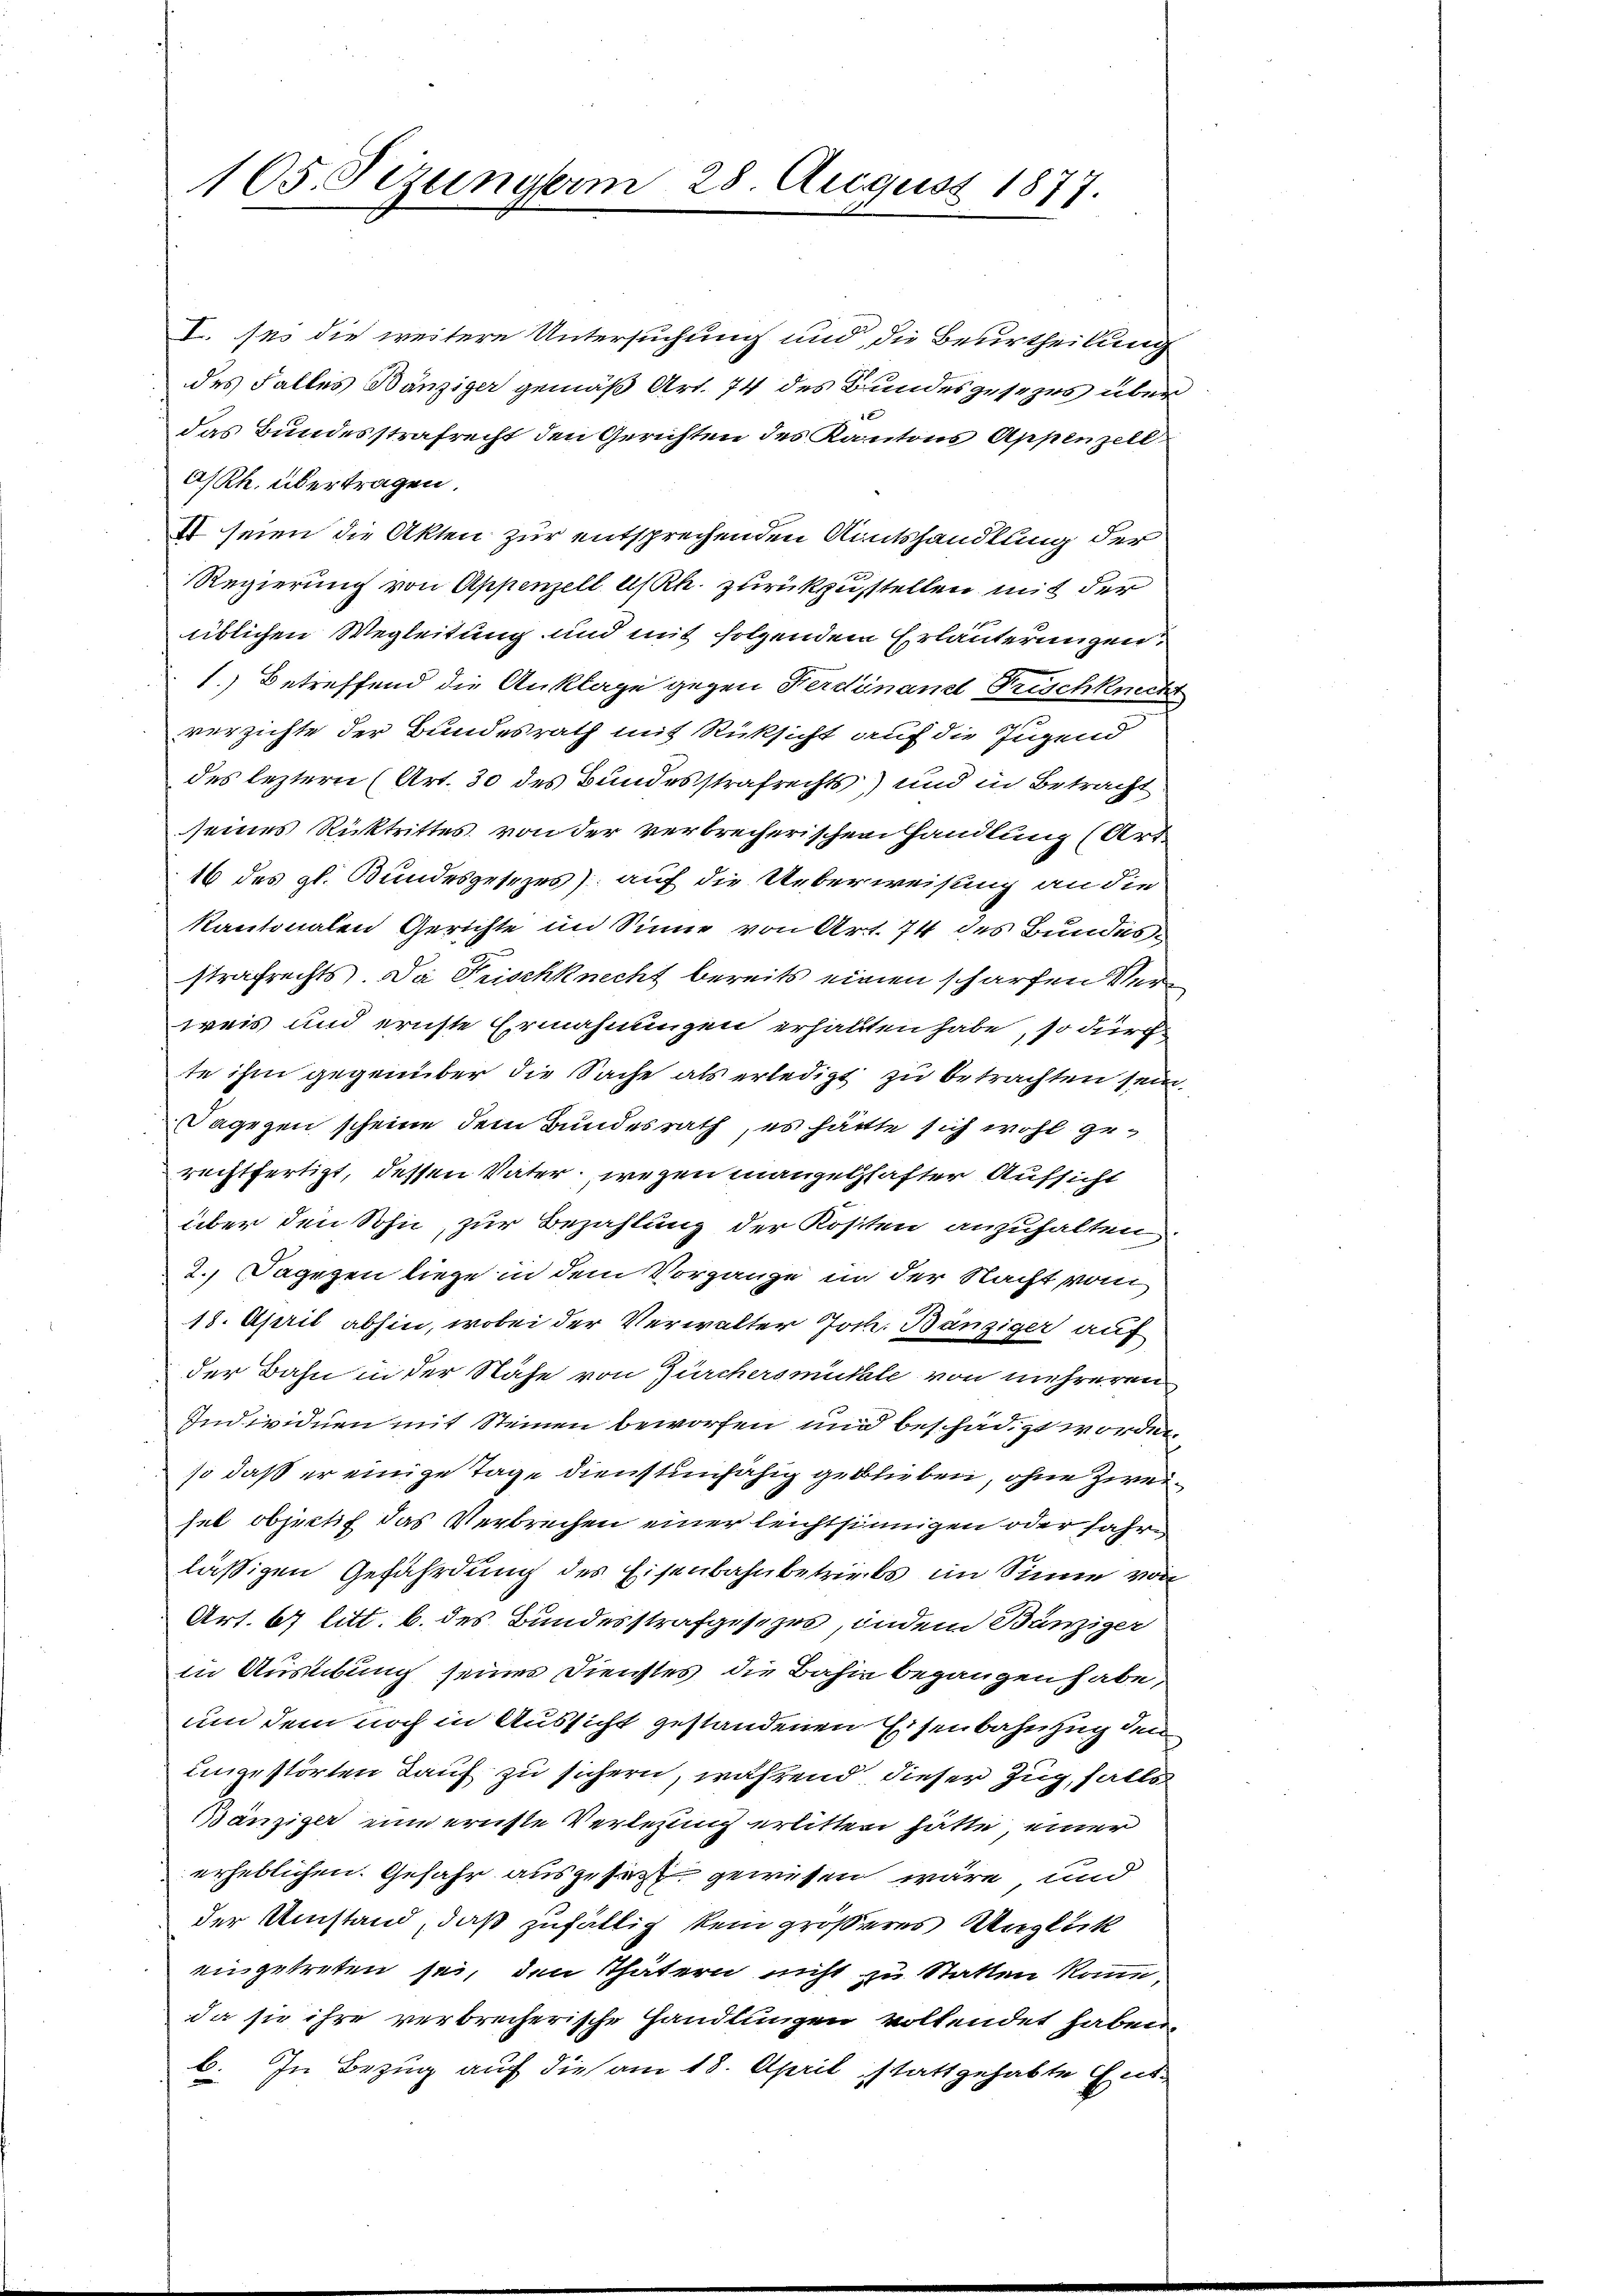
105. Sezungerm 28. August 1877.

I. des die weitere Untersuchung und die Beurtheilung
des Falles Bänziger gemäß Art. 74 des Bundesgesezes über
das Bundesstrafrecht den Gerichten des Kantons Appenzell
a/Rh. übertragen
IV seien die Akten zur entsprechenden Amtshandlung der
Regierung von Appenzell A/Rh. zurückzustellen mit der
üblichen Wegleitung und mit folgendem Erläuterungen.
1.) Betreffend die Anklage gegen Ferdinand Frischknech
verzichte der Bundesrath mit Rücksicht auf die Jugend
des leztern (Art. 30 des Bundesstrafrechts) und in Betracht
seines Rücktrittes von der verbrecherischen Handlung (Art
16 des gl. Bundesgesezes) auf die Ueberweisung an die
Kantonalen Gerichte im Sinne von Art. 74 des Bundes
strafrechts. Da Frischknecht bereits einen scharfen Verweis und ernste Ermahnungen erhalten habe, so durch
te ihm gegenüber die Sache als erledigt zu betrachten sein.
Dagegen scheine dem Bundesrath, es hättte sich wohl gerechtfertigt, dessen Vater, wegen mangelschafter Aufsicht
über den Sohn, zur Bezahlung der Kosten anzuhalten
2.) Dagegen liege in dem Vorgänge in der Nacht vom
18. April abhin, wobei der Verwalter Joh. Bänziger auf
der Bahn in der Nähe von Zürchersmükale von mehreren
Individuen mit Steinen beworfen und beschädigt worden
so daß er einige Tage dienstunfähig geblieben, ohne Zweisel objeckh das Verbrechen einer leichtsinnigen oder Jahre
lässigen Gefährdung des Eisenbahnbetriebs im Sinne von
Art. 67 litt. b. des Bundesstrafgesezes, indem Bänziger
in Ausübung seines Dienstes, die Bahne begangen habe,
um dem noch in Aussicht gestandenen Eisenbahnzug den
uingestörten Lauf zu sichern, während dieser Zug, falls
Bänziger eine ernste Verlegung erlitten hätte, einer
erheblichen. Gefahr ausgesezt gewesen wäre und
der Umstand, daß zufällig kein größeres Unglück
eingetreten sei, den Thätern nicht zu Statten komme,
da sie ihre verbrecherische Handlungen vollendet haben.
b. In Bezug auf die am 18. April stattgehabte Ent¬

d